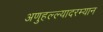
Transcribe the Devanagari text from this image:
अणुहल्ल्यादरम्यान